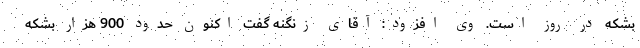
بشکه در روز است. وی افزود: آقای زنگنه گفت اکنون حدود 900 هزار بشکه